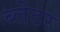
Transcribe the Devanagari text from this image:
ब्लेटर